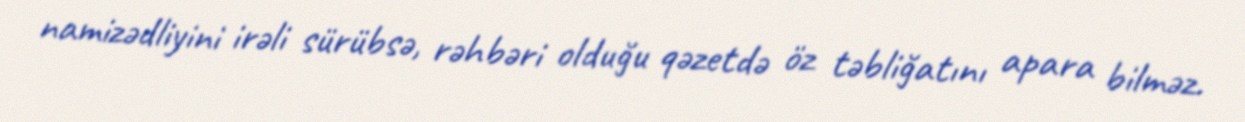
namizədliyini irəli sürübsə, rəhbəri olduğu qəzetdə öz təbliğatını apara bilməz.